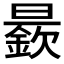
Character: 𱢭